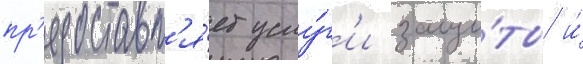
пр'едоставл'я́ет услу́г'и защи́ты и́